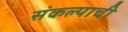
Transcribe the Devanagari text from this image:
संकल्पाची